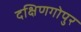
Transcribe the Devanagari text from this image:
दक्षिणगोपुर